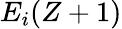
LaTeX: E_{i}(Z+1)